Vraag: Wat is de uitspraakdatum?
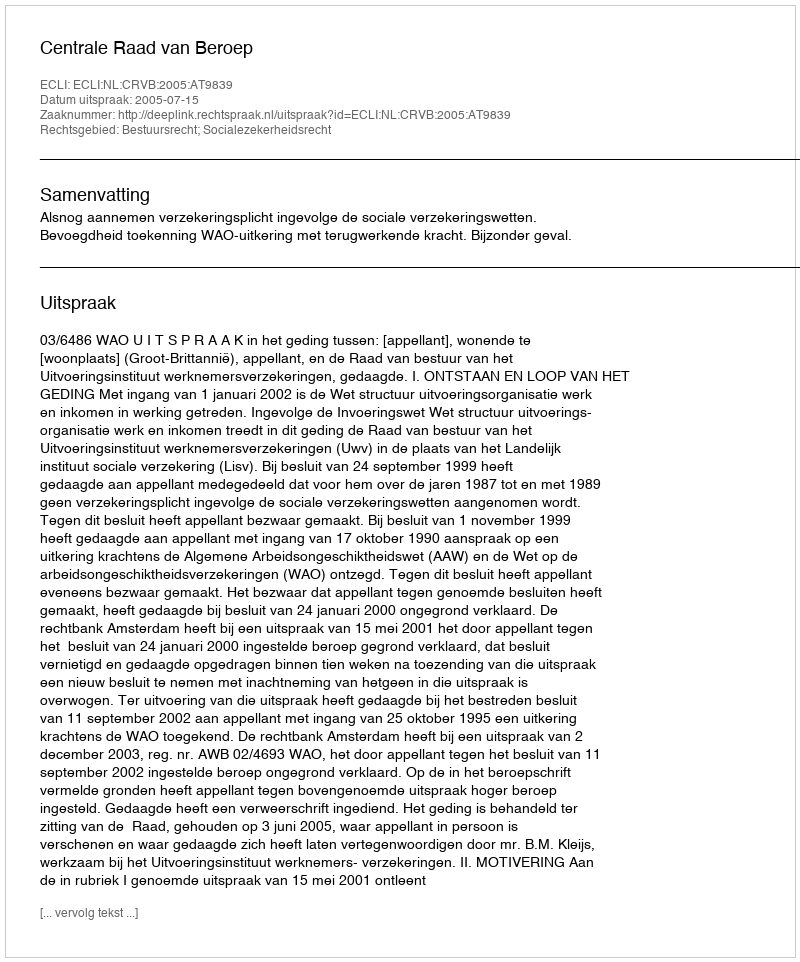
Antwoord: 2005-07-15